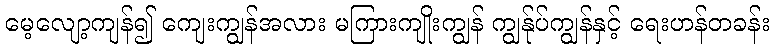
မေ့လျော့ကျန်၍ ကျေးကျွန်အလား မကြားကျိုးကျွန် ကျွန်ုပ်ကျွန်နှင့် ရေးဟန်တခန်း